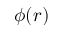
\phi ( r )